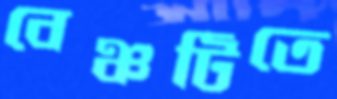
বেঞ্চটিতে